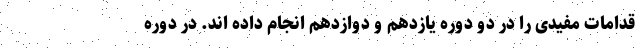
قدامات مفیدی را در دو دوره یازدهم و دوازدهم انجام داده اند. در دوره